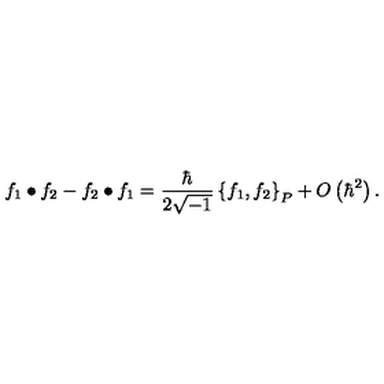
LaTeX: f _ { 1 } \bullet f _ { 2 } - f _ { 2 } \bullet f _ { 1 } = \frac { \hbar } { 2 \sqrt { - 1 } } \left\{ f _ { 1 } , f _ { 2 } \right\} _ { P } + O \left( \hbar ^ { 2 } \right) .